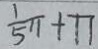
\frac { 1 } { 5 } \pi + 7 7